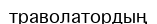
траволатордың